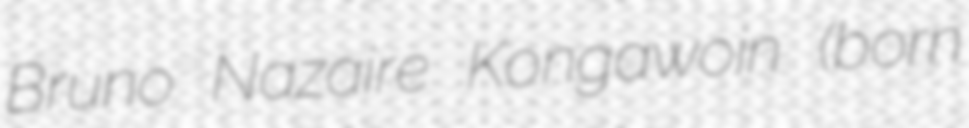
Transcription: Bruno Nazaire Kongawoin (born